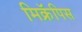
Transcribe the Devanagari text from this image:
मिक्रॅपिस